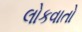
લોકવાતો